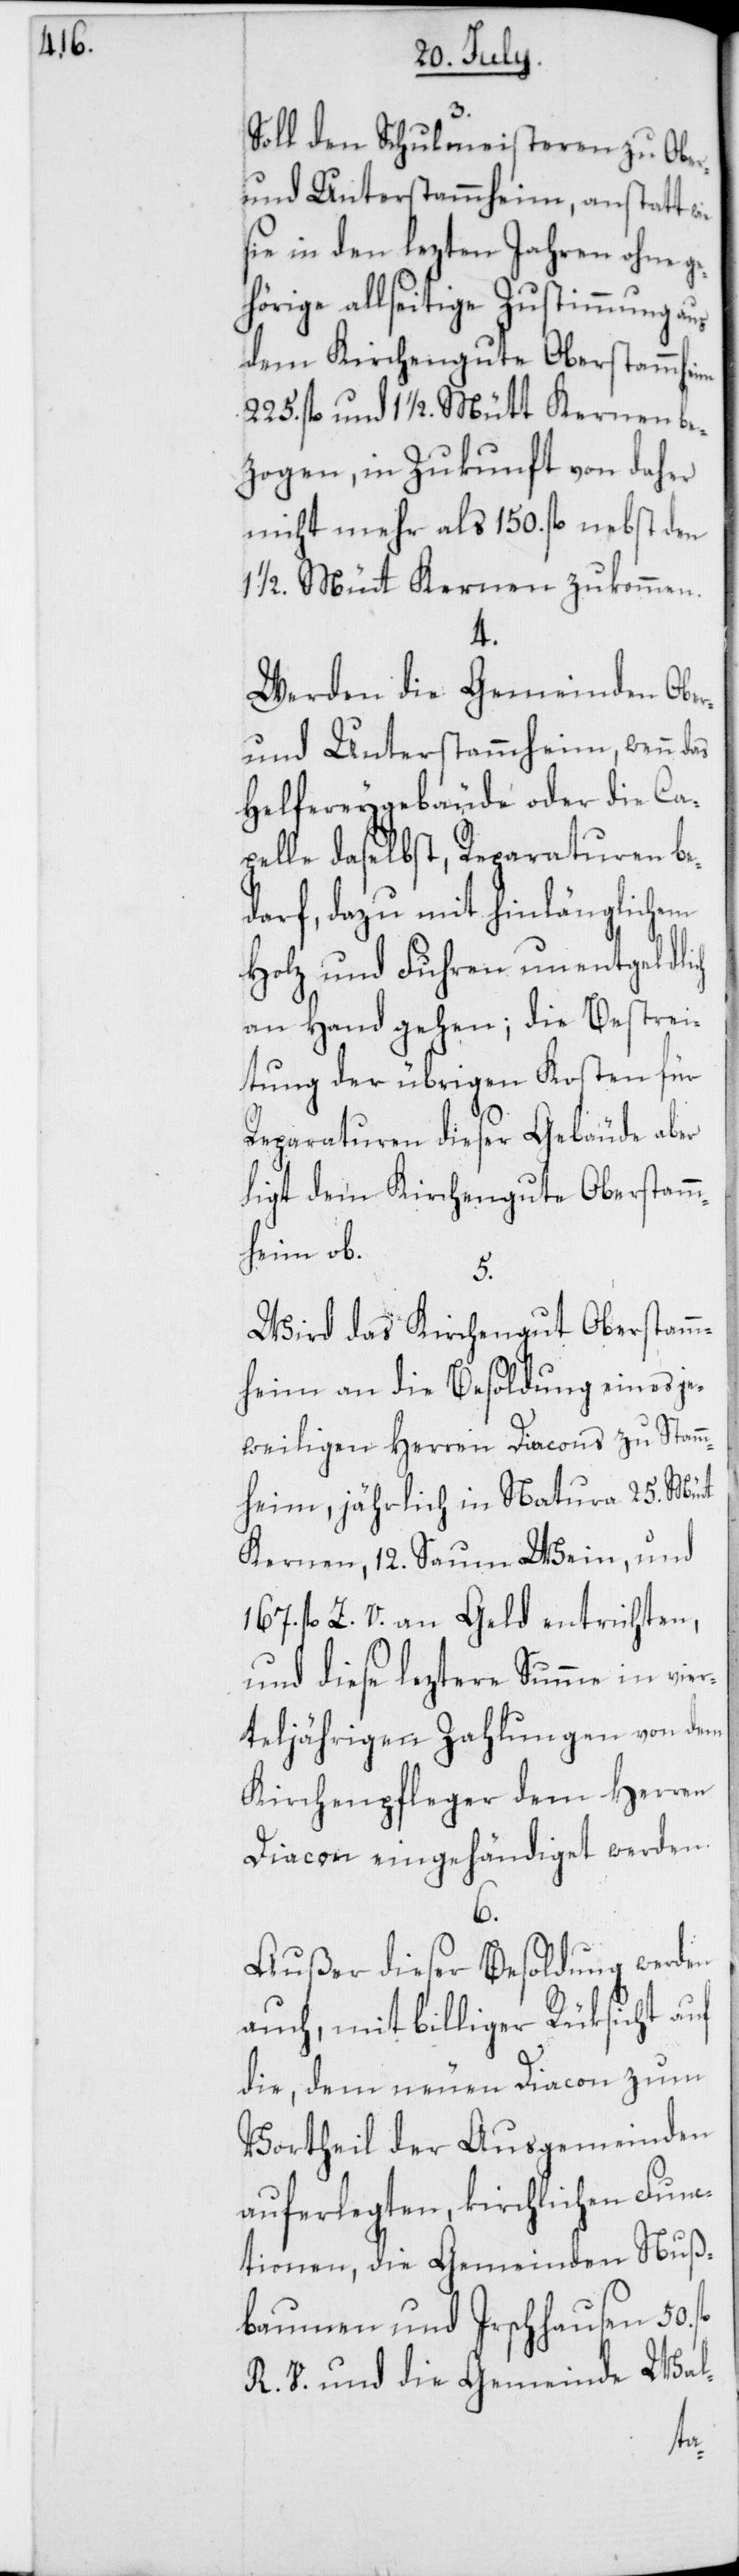
Soll den Schulmeisteren zu Ober-
und Unterstammheim, anstatt wie
sie in den lezten Jahren ohne g¬
hörige allseitige Zustimmung aus
dem Kirchengute Oberstammheim
225. fl. und 1 1/2 Mütt Kernen be¬
zogen, in Zukunft von daher
nicht mehr als 150. fl. nebst den
1/2 Mütt Kernen zukommen.
4.
Werden die Gemeinden Ober-
und Unterstammheim, wenn das
Helfereygebäude oder die Ca¬
pelle daselbst, Reparaturen be¬
darf, dazu mit hinlänglichem
Holz und Fuhren unentgeldlich
an Hand gehen; die Bestrei¬
tung der übrigen Kosten für
Reparaturen dieser Gebäude aber
ligt dem Kirchengute Oberstam¬
mheim ob.
5.
Wird das Kirchengut Oberstamm¬
heim an die Besoldung eines je¬
weiligen Herren Diacons zu Stamm¬
heim, jährlich in Natura 25. Mütt
Kernen, 12. Saum Wein, und
167. fl. Z. V. an Geld entrichten,
und diese leztere Summe in vie¬
rteljährigen Zahlungen von dem
Kirchenpfleger dem Herren
Diacon eingehändiget werden.
6.
Außer dieser Besoldung werden
auch, mit billiger Rüksicht auf
die, dem neuen Diacon zum
Vortheil der Ausgemeinden
auferlegten, kirchlichen Funk¬
tionen, die Gemeinden Nuß¬
baumen und Irschausen 50.
R. V., und die Gemeinde Wal-
e¬